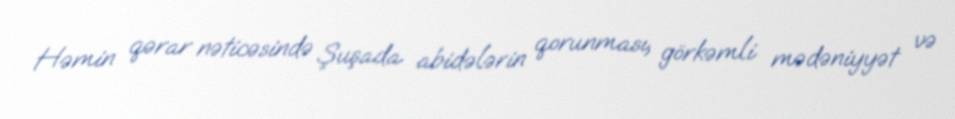
Həmin qərar nəticəsində Şuşada abidələrin qorunması, görkəmli mədəniyyət və